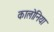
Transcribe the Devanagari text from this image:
कालोनिया